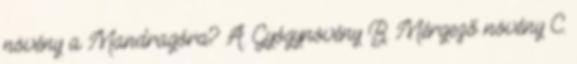
növény a Mandragóra? A. Gyógynövény B. Mérgező növény C.